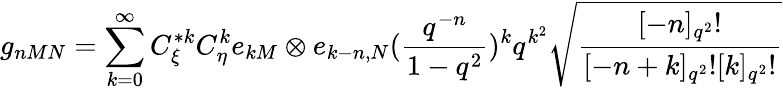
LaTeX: g_{nMN}=\sum_{k=0}^{\infty}C_{\xi}^{*k}C_{\eta}^{k}e_{kM}\otimes e_{k-n,N}(\frac{q^{-n}}{1-q^{2}})^{k}q^{k^{2}}\sqrt{\frac{[-n]_{q^{2}}!}{[-n+k]_{q^{2}}![k]_{q^{2}}!}}